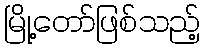
မြို့တော်ဖြစ်သည့်